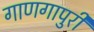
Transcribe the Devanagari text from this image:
गाणगापुरी